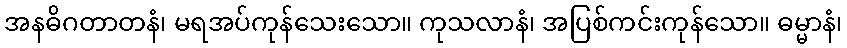
အနဓိဂတာတနံ၊ မရအပ်ကုန်သေးသော။ ကုသလာနံ၊ အပြစ်ကင်းကုန်သော။ ဓမ္မာနံ၊